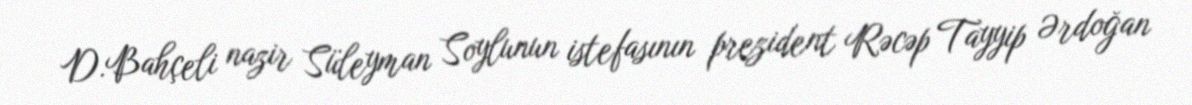
D.Bahçeli nazir Süleyman Soylunun istefasının prezident Rəcəp Tayyip Ərdoğan